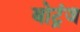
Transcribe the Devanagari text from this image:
बोट्रंज